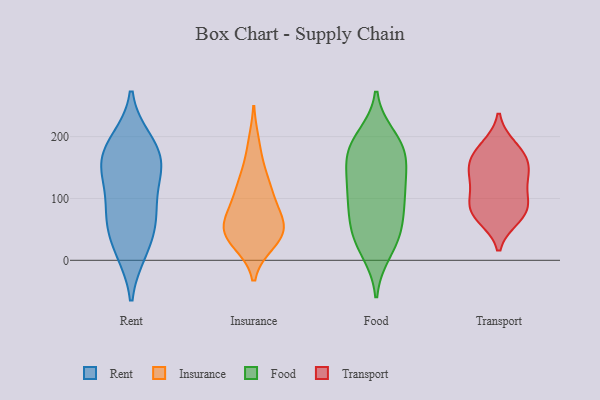
{"axis": {"x": "Conversion Rate (%)", "y": "Value"}, "legend": ["Food", "Insurance", "Rent", "Transport"], "data": [{"x": "", "y": 54, "type": "Rent"}, {"x": "", "y": 15, "type": "Rent"}, {"x": "", "y": 133, "type": "Rent"}, {"x": "", "y": 66, "type": "Rent"}, {"x": "", "y": 145, "type": "Rent"}, {"x": "", "y": 15, "type": "Rent"}, {"x": "", "y": 177, "type": "Rent"}, {"x": "", "y": 157, "type": "Rent"}, {"x": "", "y": 193, "type": "Rent"}, {"x": "", "y": 146, "type": "Rent"}, {"x": "", "y": 82, "type": "Rent"}, {"x": "", "y": 79, "type": "Rent"}, {"x": "", "y": 188, "type": "Rent"}, {"x": "", "y": 68, "type": "Insurance"}, {"x": "", "y": 107, "type": "Insurance"}, {"x": "", "y": 187, "type": "Insurance"}, {"x": "", "y": 35, "type": "Insurance"}, {"x": "", "y": 49, "type": "Insurance"}, {"x": "", "y": 140, "type": "Insurance"}, {"x": "", "y": 120, "type": "Insurance"}, {"x": "", "y": 55, "type": "Insurance"}, {"x": "", "y": 42, "type": "Insurance"}, {"x": "", "y": 30, "type": "Insurance"}, {"x": "", "y": 92, "type": "Insurance"}, {"x": "", "y": 52, "type": "Insurance"}, {"x": "", "y": 113, "type": "Food"}, {"x": "", "y": 53, "type": "Food"}, {"x": "", "y": 96, "type": "Food"}, {"x": "", "y": 14, "type": "Food"}, {"x": "", "y": 22, "type": "Food"}, {"x": "", "y": 118, "type": "Food"}, {"x": "", "y": 52, "type": "Food"}, {"x": "", "y": 184, "type": "Food"}, {"x": "", "y": 150, "type": "Food"}, {"x": "", "y": 185, "type": "Food"}, {"x": "", "y": 177, "type": "Food"}, {"x": "", "y": 199, "type": "Food"}, {"x": "", "y": 108, "type": "Food"}, {"x": "", "y": 45, "type": "Food"}, {"x": "", "y": 147, "type": "Food"}, {"x": "", "y": 177, "type": "Food"}, {"x": "", "y": 78, "type": "Food"}, {"x": "", "y": 73, "type": "Transport"}, {"x": "", "y": 177, "type": "Transport"}, {"x": "", "y": 144, "type": "Transport"}, {"x": "", "y": 84, "type": "Transport"}, {"x": "", "y": 131, "type": "Transport"}, {"x": "", "y": 98, "type": "Transport"}, {"x": "", "y": 184, "type": "Transport"}, {"x": "", "y": 69, "type": "Transport"}, {"x": "", "y": 158, "type": "Transport"}, {"x": "", "y": 84, "type": "Transport"}, {"x": "", "y": 123, "type": "Transport"}, {"x": "", "y": 159, "type": "Transport"}]}